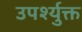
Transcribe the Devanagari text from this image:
उपर्श्युक्त